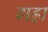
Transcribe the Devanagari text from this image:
गह्रा